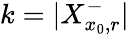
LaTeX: k=|X_{x_{0},r}^{-}|